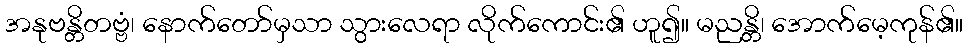
အနုဗန္တိတဗ္ဗံ၊ နောက်တော်မှသာ သွားလေရာ လိုက်ကောင်း၏ ဟူ၍။ မညန္တိ၊ အောက်မေ့ကုန်၏။